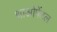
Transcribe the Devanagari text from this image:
थाओपेंटल